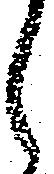
候